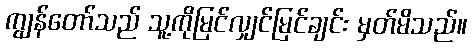
ကျွန်တော်သည် သူ့ကိုမြင်လျှင်မြင်ချင်း မှတ်မိသည်။